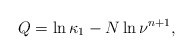
\begin{align*}Q=\ln \kappa_1-N\ln \nu^{n+1},\end{align*}